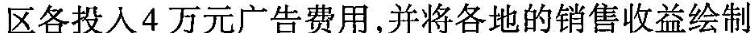
区各投入4万元广告费用，并将各地的销售收益绘制